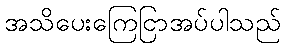
အသိပေးကြေငြာအပ်ပါသည်